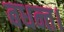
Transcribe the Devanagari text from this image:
बधन्त।